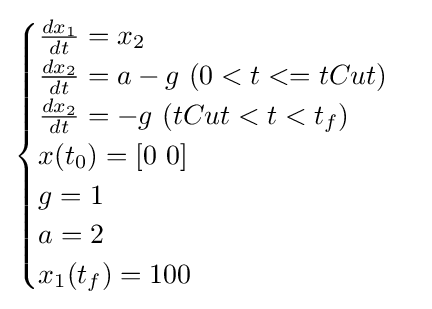
{\begin{cases}{\frac {dx_{1}}{dt}}=x_{2}\\{\frac {dx_{2}}{dt}}=a-g\ (0<t<=tCut)\\{\frac {dx_{2}}{dt}}=-g\ (tCut<t<t_{f})\\x(t_{0})=[0\ 0]\\g=1\\a=2\\x_{1}(t_{f})=100\\\end{cases}}